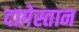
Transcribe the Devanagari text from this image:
दाग़ेस्तान